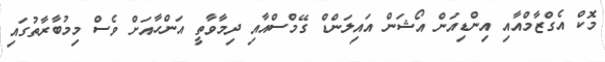
މޮކް އެގްޒާމްއާއި އިންޑިއަން އޯޝަން އައިލަންޑް ގޭމްސްއާއި ދިމާވާތީ އަންހާއަށް ވެސް މިމުބާރާތުގައި